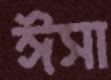
ঈসা